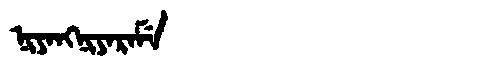
Manchu: ᠨᡳᠶᠠᠩᠨᡳᠶᠠᡵᠠᠮᡝ
Romanization: NIYANGNIYARAME